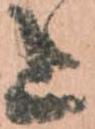
上